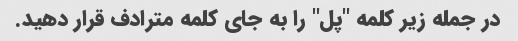
در جمله زیر کلمه "پل" را به جای کلمه مترادف قرار دهید.